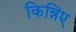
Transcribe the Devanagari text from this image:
किन्निए